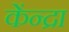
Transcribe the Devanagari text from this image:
केंन्द्रा